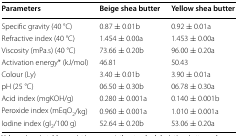
<table><thead><tr><td><b>Parameters</b></td><td><b>Beige shea butter</b></td><td><b>Yellow shea butter</b></td></tr></thead><tbody><tr><td>Specific gravity (40 °C)</td><td>0.87 ± 0.01b</td><td>0.92 ± 0.01a</td></tr><tr><td>Refractive index (40 °C)</td><td>1.454 ± 0.00a</td><td>1.453 ± 0.00a</td></tr><tr><td>Viscosity (mPa.s) (40 °C)</td><td>73.66 ± 0.20b</td><td>96.00 ± 0.20a</td></tr><tr><td>Activation energy* (kJ/mol)</td><td>46.81</td><td>50.43</td></tr><tr><td>Colour (Ly)</td><td>3.40 ± 0.01b</td><td>3.90 ± 0.01a</td></tr><tr><td>pH (25 °C)</td><td>06.50 ± 0.30b</td><td>06.78 ± 0.30a</td></tr><tr><td>Acid index (mgKOH/g)</td><td>0.280 ± 0.001a</td><td>0.140 ± 0.001b</td></tr><tr><td>Peroxide index (mEqO<sub>2</sub>/kg)</td><td>0.960 ± 0.001a</td><td>1.010 ± 0.001a</td></tr><tr><td>Iodine index (gI<sub>2</sub>/100 g)</td><td>52.64 ± 0.20b</td><td>53.06 ± 0.20a</td></tr></tbody></table>